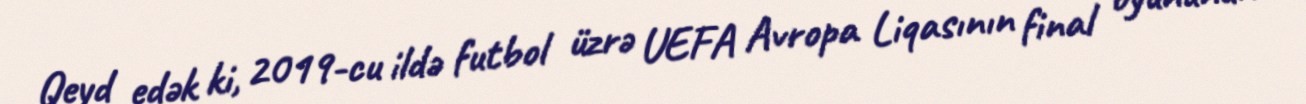
Qeyd edək ki, 2019-cu ildə futbol üzrə UEFA Avropa Liqasının final oyununun